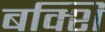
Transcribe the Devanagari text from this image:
बक्शि